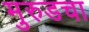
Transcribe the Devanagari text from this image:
मुरुडचा